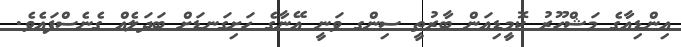
އިންޑިއާގެ މަޝްހޫރު ކޮމީޑިއަން ބާރުތީ ސިންގ ވަނީ އޭނާގެ ހަށިގަނޑަށް ބަދަލެއް ގެނެސްފައެވެ.